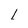
Character: I